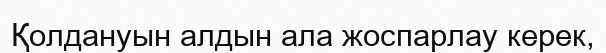
Қолдануын алдын ала жоспарлау керек,